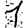
Digit: 1